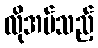
လိုအပ်သည့်